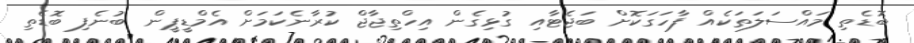
ބޮޑެތި މައްސަލަތަކެއް ފާހަގަކޮށް ބަޖެޓާއި ގުޅިގެން އިހްތިޖާޖް ކުރާނެކަމަށް އެމްޑީޕީން ބުނެފި ބޮޑެތި